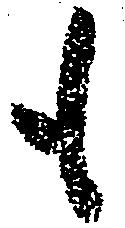
も